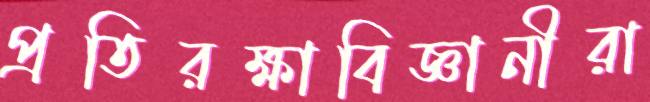
প্রতিরক্ষাবিজ্ঞানীরা